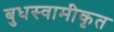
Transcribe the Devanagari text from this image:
बुधस्वामीकृत